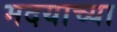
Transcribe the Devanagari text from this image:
मदयाच्या